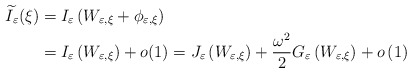
\begin{align*}\widetilde{I}_{\varepsilon}(\xi) & =I_{\varepsilon}\left( W_{\varepsilon,\xi}+\phi_{\varepsilon,\xi}\right) \\& =I_{\varepsilon}\left( W_{\varepsilon,\xi}\right) +o(1)=J_{\varepsilon}\left( W_{\varepsilon,\xi}\right) +\frac{\omega^{2}}{2}G_{\varepsilon}\left( W_{\varepsilon,\xi}\right) +o\left( 1\right) \end{align*}